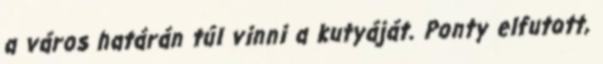
a város határán túl vinni a kutyáját. Ponty elfutott,